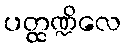
ပတ္ထဏ္ဍိလေ